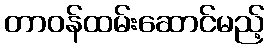
တာဝန်ထမ်းဆောင်မည့်